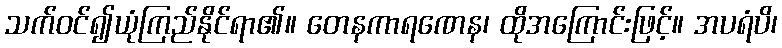
သက်ဝင်၍ယုံကြည်နိုင်ရာ၏။ တေနကာရဏေန၊ ထိုအကြောင်းဖြင့်။ အပရံပိ၊